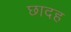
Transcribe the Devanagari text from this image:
छादह